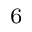
^ 6